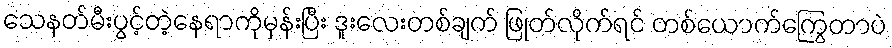
သေနတ်မီးပွင့်တဲ့နေရာကိုမှန်းပြီး ဒူးလေးတစ်ချက် ဖြုတ်လိုက်ရင် တစ်ယောက်ကြွေတာပဲ